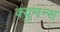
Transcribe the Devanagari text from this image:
क्युमन्स